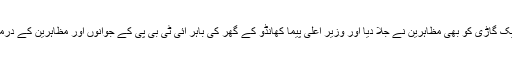
نائب وزیر اعلیٰ کی ایک گاڑی کو بھی مظاہرین نے جلا دیا اور وزیر اعلیٰ پیما کھانڈو کے گھر کی باہر آئی ٹی بی پی کے جوانوں اور مظاہرین کے درمیان جھڑپ بھی ہوئی۔